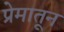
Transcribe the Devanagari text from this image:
प्रेमातून